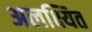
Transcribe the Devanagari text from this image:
अलक्ष्यित